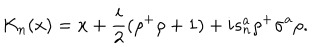
LaTeX: K _ { n } ( x ) = x + \frac { i } { 2 } ( \rho ^ { + } \rho + 1 ) + i s _ { n } ^ { a } \rho ^ { + } \sigma ^ { a } \rho .